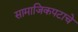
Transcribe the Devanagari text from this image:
सामाजिकपटाचे